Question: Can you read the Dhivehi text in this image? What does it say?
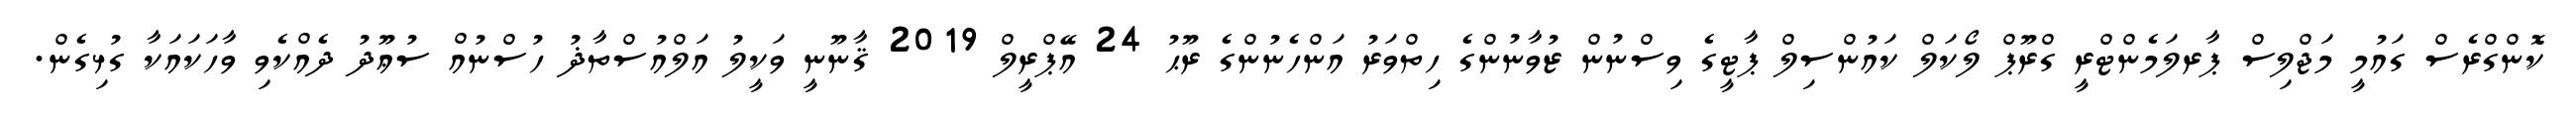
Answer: ކޮންގްރެސް ގައުމީ މަޖްލިސް ޕާރލަމެންޓްރީ ގްރޫޕް ލޯކަލް ކައުންސިލް ޕާޓީގެ ވިސްނުން ޒުވާނުންގެ ހިތްވަރު އަންހެނުންގެ ރޫޙު 24 އޭޕްރީލް 2019 ޤާނޫނީ ވަކީލު އަލްއުސްތާޛު ހުސްނުއް ސުޢޫދު ދެއްކެވި ވާހަކައަކާ ގުޅިގެން.